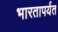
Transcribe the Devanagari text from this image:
भारतापर्यत